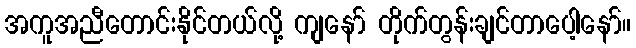
အကူအညီတောင်းနိုင်တယ်လို့ ကျနော် တိုက်တွန်းချင်တာပေါ့နော်။